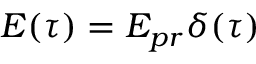
E ( \tau ) = E _ { p r } \delta ( \tau )